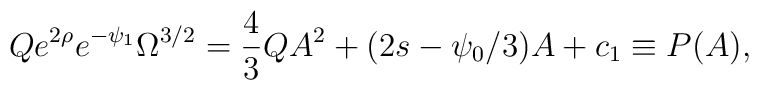
Q e^{2\rho} e^{-\psi_1} \Omega^{3/2}=\frac{4}{3}QA^2+(2s-\psi_0/3)A+c_1\equiv P(A) ,